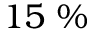
1 5 ~ \%